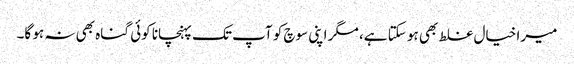
میرا خیال غلط بھی ہو سکتا ہے، مگر اپنی سوچ کو آپ تک پہنچانا کوئی گناہ بھی نہ ہو گا۔